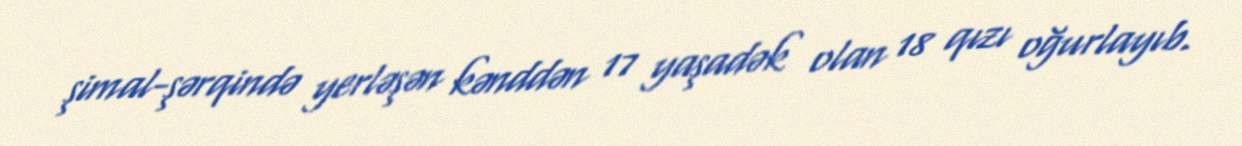
şimal-şərqində yerləşən kənddən 17 yaşadək olan 18 qızı oğurlayıb.